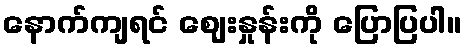
နောက်ကျရင် ဈေးနှုန်းကို ပြောပြပါ။